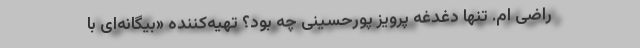
راضی ام. تنها دغدغه پرویز پورحسینی چه بود؟ تهیه‌کننده «بیگانه‌ای با